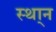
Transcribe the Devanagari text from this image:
स्था्न